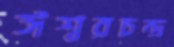
ঈশ্বরচন্দ্র